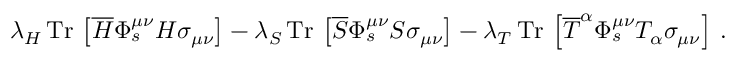
\lambda _ { H } \, \mathrm { T r } \, \left[ \overline { { H } } \Phi _ { s } ^ { \mu \nu } H \sigma _ { \mu \nu } \right] - \lambda _ { S } \, \mathrm { T r } \, \left[ \overline { { S } } \Phi _ { s } ^ { \mu \nu } S \sigma _ { \mu \nu } \right] - \lambda _ { T } \, \mathrm { T r } \, \left[ \overline { { T } } ^ { \alpha } \Phi _ { s } ^ { \mu \nu } T _ { \alpha } \sigma _ { \mu \nu } \right] \, .